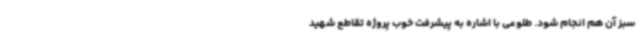
سبز آن هم انجام شود. طلوعی با اشاره به پیشرفت خوب پروژه تقاطع شهید